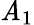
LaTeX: \mathit{A}_{1}